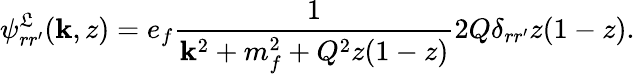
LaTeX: \psi_{rr^{\prime}}^{\mathfrak{L}}({\mathbf{k}},z)=e_{f}\frac{{1}}{{{\mathbf{k}}^{2}+m_{f}^{2}+Q^{2}z(1-z)}}2Q\delta_{rr^{\prime}}z(1-z).